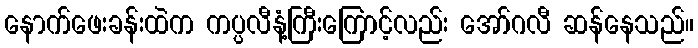
နောက်ဖေးခန်းထဲက ကပ္ပလီနံ့ကြီးကြောင့်လည်း အော်ဂလီ ဆန်နေသည်။